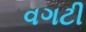
વગટી